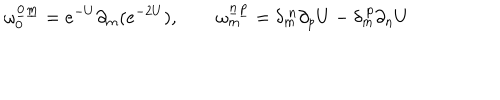
LaTeX: \omega _ { 0 } ^ { \underline { { 0 } } \underline { { m } } } = e ^ { - U } \partial _ { m } ( e ^ { - 2 U } ) , \qquad \omega _ { m } ^ { \underline { { n } } \underline { { p } } } = \delta _ { m } ^ { \ n } \partial _ { p } U - \delta _ { m } ^ { \ p } \partial _ { n } U